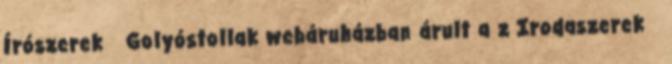
Írószerek Golyóstollak webáruházban árult a z Irodaszerek